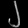
Digit: ၂